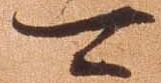
可